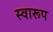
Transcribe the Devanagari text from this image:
स्वारूप